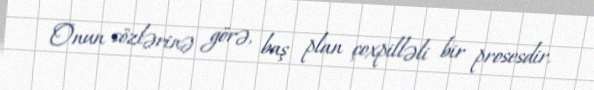
Onun sözlərinə görə, baş plan çoxpilləli bir prosesdir.